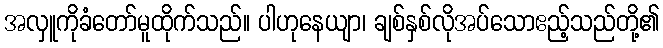
အလှူကိုခံတော်မူထိုက်သည်။ ပါဟုနေယျာ၊ ချစ်နှစ်လိုအပ်သောဧည့်သည်တို့၏